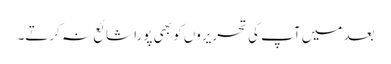
بعد میں آپ کی تحریروں کو بھی پورا شائع نہ کرتے۔